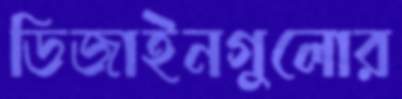
ডিজাইনগুলোর